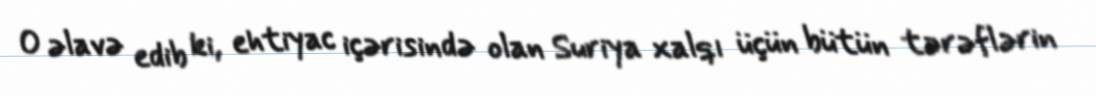
O əlavə edib ki, ehtiyac içərisində olan Suriya xalqı üçün bütün tərəflərin